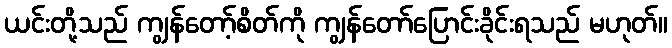
ယင်းတို့သည် ကျွန်တော့်စိတ်ကို ကျွန်တော်ပြောင်းခိုင်းရသည် မဟုတ်။